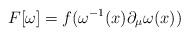
LaTeX: \begin{align*}F[\omega]=f(\omega^{-1}(x)\partial_{\mu}\omega(x))\end{align*}